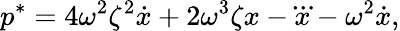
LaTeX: p^{*}=4\omega^{2}\zeta^{2}\dot{x}+2\omega^{3}\zeta{x}-\dddot{x}-\omega^{2}\dot{x},